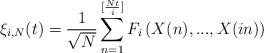
LaTeX: \begin{align*}\xi_{i,N}(t)=\frac{1}{\sqrt{N}}\sum_{n=1}^{[\frac{Nt}{i}]}F_{i}\left(X(n),...,X(in)\right)\end{align*}